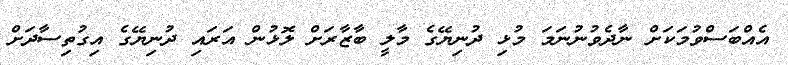
އެއްބަސްވުމަކަށް ނާދެވުނުނަމަ މުޅި ދުނިޔޭގެ މާލީ ބާޒާރަށް ލޮޅުން އަރައި ދުނިޔޭގެ އިގުތިސާދަށް